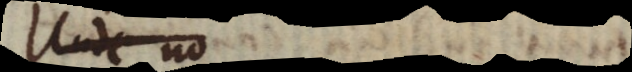
Unde no